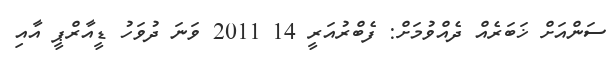
ސަންއަށް ޚަބަރެއް ދެއްވުމަށް: ފެބްރުއަރީ 14 2011 ވަނަ ދުވަހު ޑީއާރްޕީ އާއި